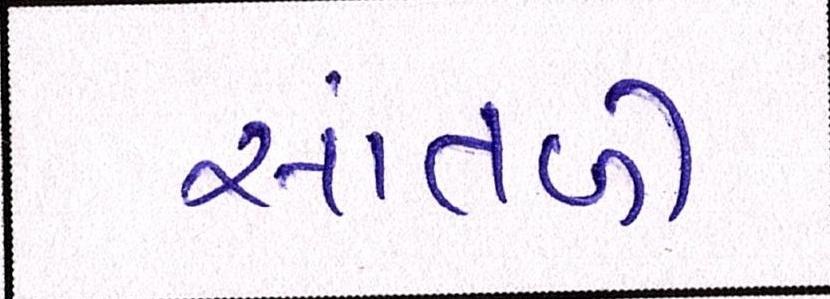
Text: સાંતળી